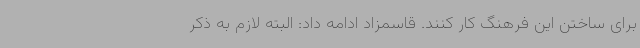
برای ساختن این فرهنگ کار کنند. قاسمزاد ادامه داد: البته لازم به ذکر